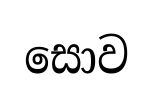
සොව